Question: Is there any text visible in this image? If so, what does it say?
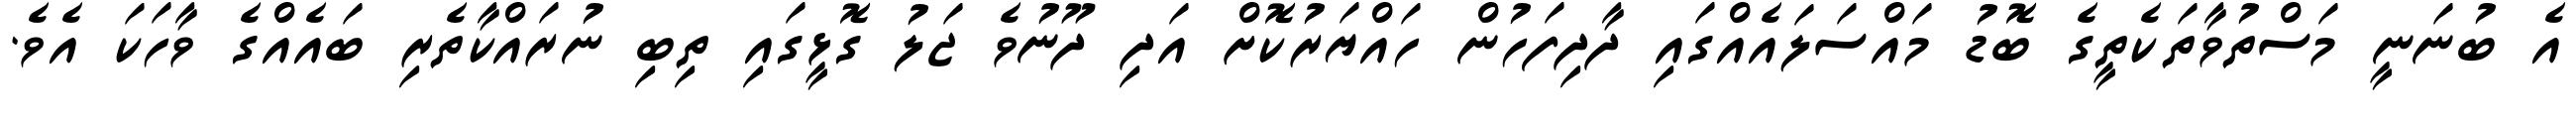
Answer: އެ ބުނަނީ މަސްތުވާތަކެތީގެ ބޮޑު މައްސަލައެއްގައި ދާދިފަހުން ހައްޔަރުކޮށް އަދި ދޫނުވެ ޖަލު ގޮޅީގައި ތިބި ނުރައްކާތެރި ބައެއްގެ ވާހަކަ އެވެ.